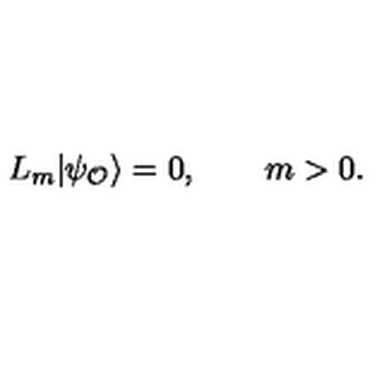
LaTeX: L _ { m } | \psi _ { \cal O } \rangle = 0 , \qquad m > 0 .